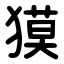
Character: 獏